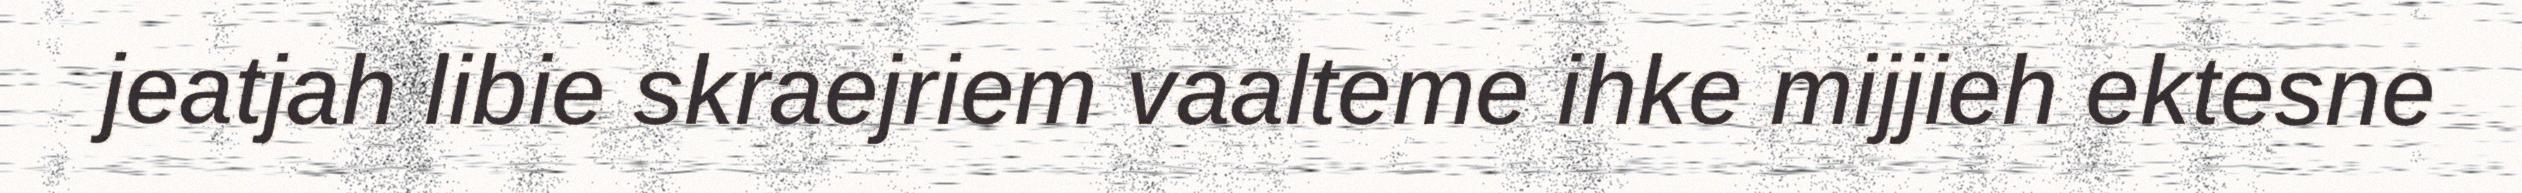
jeatjah libie skraejriem vaalteme ihke mijjieh ektesne